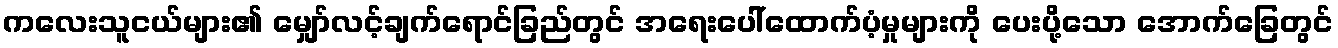
ကလေးသူငယ်များ၏ မျှော်လင့်ချက်ရောင်ခြည်တွင် အရေးပေါ်ထောက်ပံ့မှုများကို ပေးပို့သော အောက်ခြေတွင်